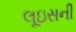
લૂઇસની